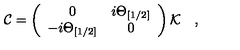
{ \cal C } = \left( \begin{array} { c c } { 0 } & { i \Theta _ { [ 1 / 2 ] } } \\ { - i \Theta _ { [ 1 / 2 ] } } & { 0 } \\ \end{array} \right) { \cal K } \quad ,